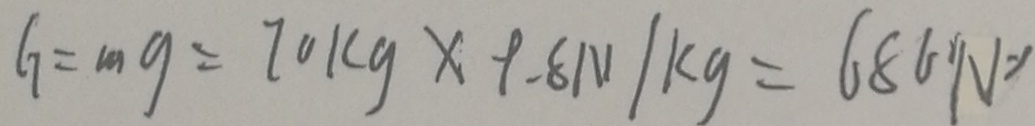
G = m g = 7 0 k g \times 9 . 8 N / k g = 6 8 0 N